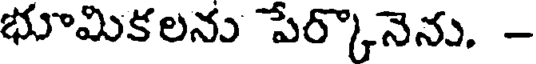
భూమికలను పేర్కొనెను. -